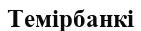
Темірбанкі